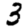
Digit: 3